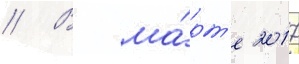
// В ма́рт'е 2017